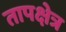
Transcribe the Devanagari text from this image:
तापक्षेत्र